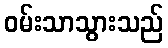
ဝမ်းသာသွားသည်